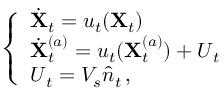
\left\{ \begin{array} { l l } { \dot { \mathbf X } _ { t } = { \boldsymbol u } _ { t } ( { \mathbf X } _ { t } ) } \\ { \dot { \mathbf X } _ { t } ^ { ( a ) } = { \boldsymbol u } _ { t } ( { \mathbf X } _ { t } ^ { ( a ) } ) + { \boldsymbol U } _ { t } } \\ { { \boldsymbol U } _ { t } = V _ { s } \hat { { \boldsymbol n } } _ { t } \, , } \end{array} \right.